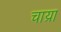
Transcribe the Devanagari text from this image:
चाय्रा